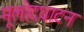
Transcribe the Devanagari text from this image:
मूलोदघाटन